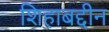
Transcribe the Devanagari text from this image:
शिहाबद्दीन